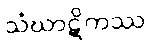
သံဃာဋိကဿ